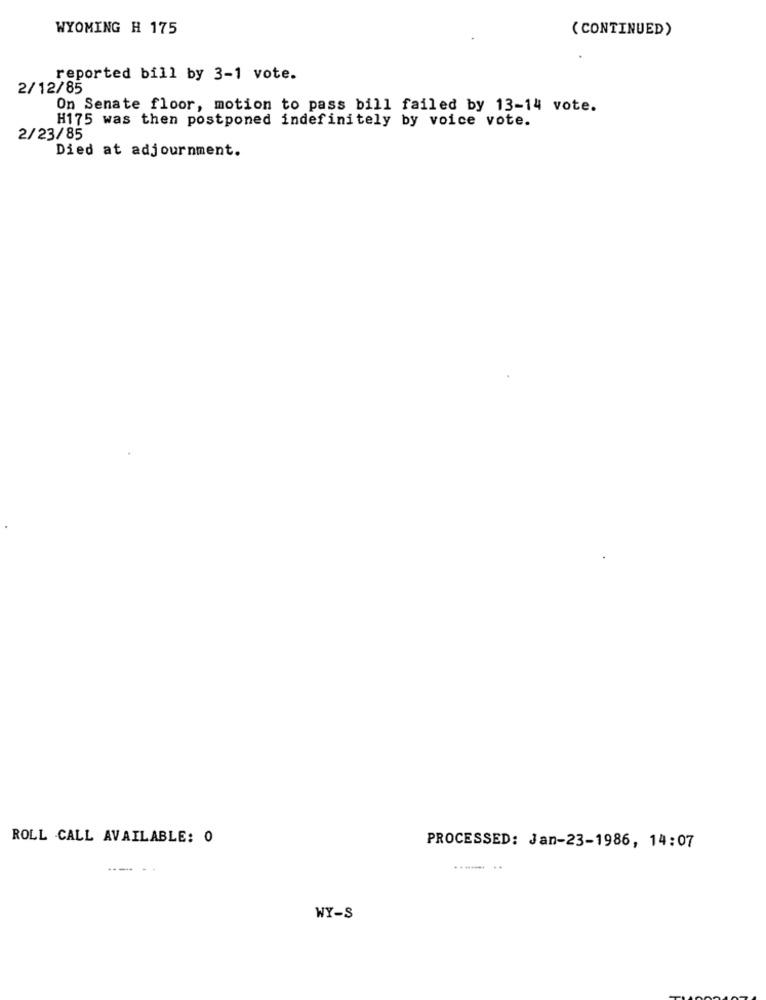
WYOMING H 175
( CONTINUED)
reported bill by 3-1 vote.
2/12/85
On Senate floor, motion to pass bill failed by 13-14 vote.
H175 was then postponed indefinitely by voice vote.
2/23/85
Died at adjournment.
ROLL CALL AVAILABLE: 0
PROCESSED: Jan-23-1986, 14:07
----
WY-S